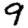
Digit: 9